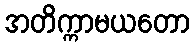
အတိက္ကာမယတော